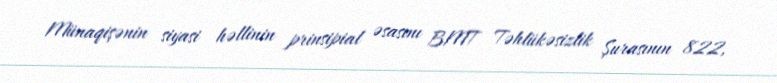
Münaqişənin siyasi həllinin prinsipial əsasını BMT Təhlükəsizlik Şurasının 822,